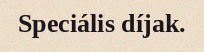
Speciális díjak.